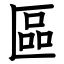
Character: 區